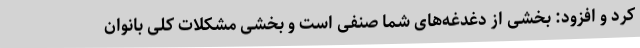
کرد و افزود:‌ بخشی از دغدغه‌‌های شما صنفی است و بخشی مشکلات کلی بانوان